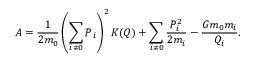
A = \frac { 1 } { 2 m _ { 0 } } \left( \sum _ { i \ne 0 } \boldsymbol { P } _ { i } \right) ^ { 2 } K ( \boldsymbol { Q } ) + \sum _ { i \ne 0 } \frac { P _ { i } ^ { 2 } } { 2 m _ { i } } - \frac { G m _ { 0 } m _ { i } } { Q _ { i } } .